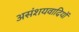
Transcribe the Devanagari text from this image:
असंशयवादियों